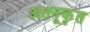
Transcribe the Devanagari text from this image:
अतनूकृत